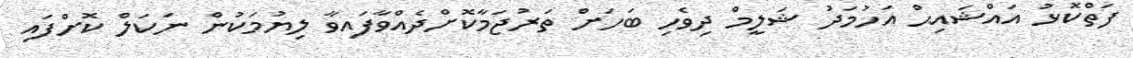
ފަތްކޮޅު އައްޝައިޙް އަހުމަދު ޝަލީމް ދިވެހި ބަހަށް ތަރުޖަމާކޮށްދެއްވާފައިވާ ލިޔުމަކުން ނަކަލް ކޮށްފައި